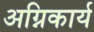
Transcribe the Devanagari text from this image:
अग्निकार्य